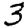
Digit: 3